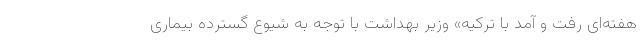
هفته‌ای رفت و آمد با ترکیه» وزیر بهداشت با توجه به شیوع گسترده بیماری